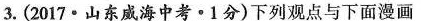
3.(2017·山东威海中考·1分)下列观点与下面漫画